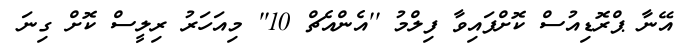
އޭނާ ޕްރޮޑިއުސް ކޮށްފައިވާ ފިލްމު ''އެންއެޗް 10'' މިއަހަރު ރިލީސް ކޮށް ގިނަ